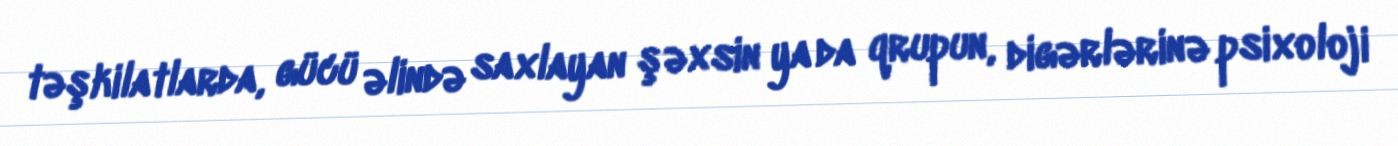
təşkilatlarda, gücü əlində saxlayan şəxsin ya da qrupun, digərlərinə psixoloji